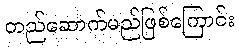
တည်ဆောက်မည်ဖြစ်ကြောင်း